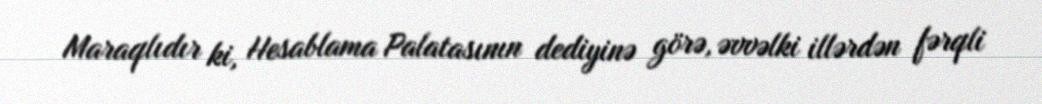
Maraqlıdır ki, Hesablama Palatasının dediyinə görə, əvvəlki illərdən fərqli